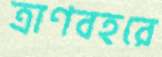
ত্রাণবহরে